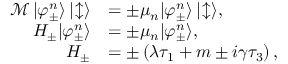
\begin{array} { r l } { \mathcal { M } \, | \varphi _ { \pm } ^ { n } \rangle \, | \! \updownarrow \rangle } & { = \pm \mu _ { n } | \varphi _ { \pm } ^ { n } \rangle \, | \! \updownarrow \rangle , } \\ { H _ { \pm } | \varphi _ { \pm } ^ { n } \rangle } & { = \pm \mu _ { n } | \varphi _ { \pm } ^ { n } \rangle , } \\ { H _ { \pm } } & { = \pm \left( \lambda \tau _ { 1 } + m \pm i \gamma \tau _ { 3 } \right) , } \end{array}